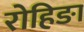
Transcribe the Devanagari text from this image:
रोहिङा